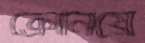
ক্রোনিয়ে